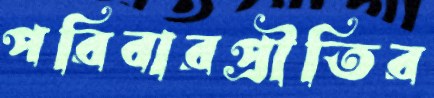
পরিবারপ্রীতির